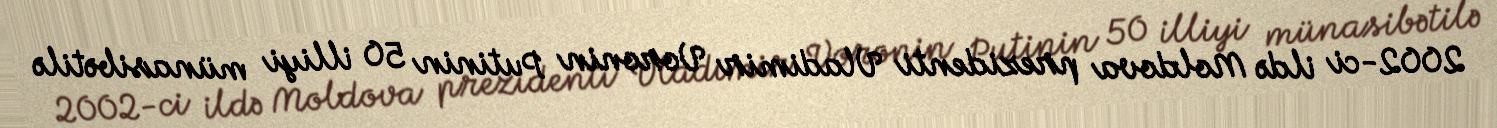
2002-ci ildə Moldova prezidenti Vladimir Voronin Putinin 50 illiyi münasibətilə